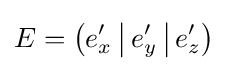
E={\big (}e_{x}'\,{\big |}\,e_{y}'\,{\big |}\,e_{z}'{\big )}